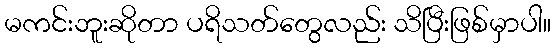
မကင်းဘူးဆိုတာ ပရိသတ်တွေလည်း သိပြီးဖြစ်မှာပါ။